Indian journal of veterinary science and animal husbandry - Volumes 18-21, 1948-1951
Year: 1948
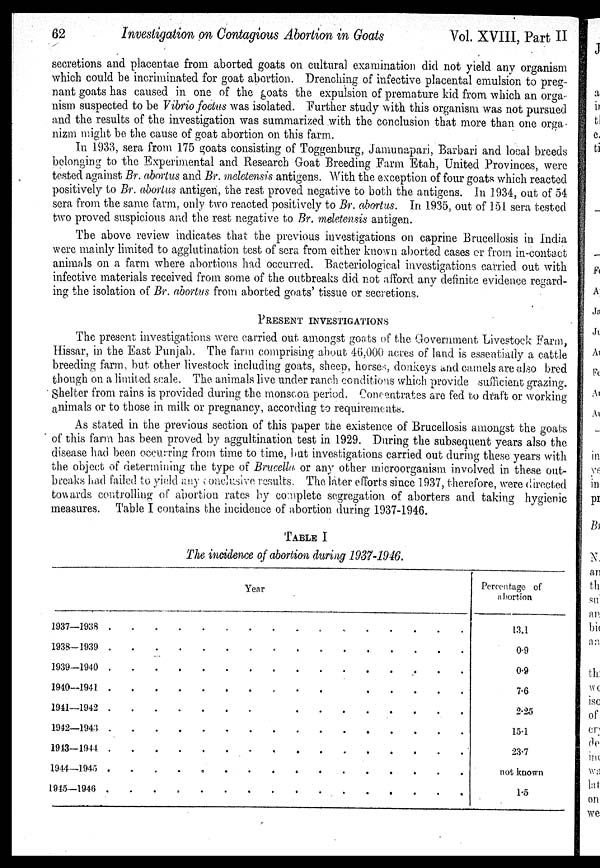
62
Investigation on Contagious Abortion in Goats
Vol. XVIII, Part II
secretions and placentae from aborted goats on cultural examination did not yield any organism
which could be incriminated for goat abortion. Drenching of infective placental emulsion to preg-
nant goats has caused in one of the goats the expulsion of premature kid from which an orga
nism suspected to be Vibrio foetus was isolated. Further study with this organism was not pursued
and the results of the investigation was summarized with the conclusion that more than one orga
nizm might be the cause of goat abortion on this farm.
In 1933, sera from 175 goats consisting of Toggenburg, Jamunapari, Barbari and local breeds
belonging to the Experimental and Research Goat Breeding Farm Etah, United Provinces, were
tested against Br. abortus and Br. meletensis antigens. With the exception of four goats which reacted
positively to Br. abortus antigen, the rest proved negative to both the antigens. In 1934, out of 54
sera from the same farm, only two reacted positively to Br. abortus. In 1935, out of 151 sera tested
two proved suspicious and the rest negative to Br. meletensis antigen.
The above review indicates that the previous investigations on caprine Brucellosis in India
were mainly limited to agglutination test of sera from either known aborted cases or from in-contact
animals on a farm where abortions had occurred. Bacteriological investigations carried out with
infective materials received from some of the outbreaks did not afford any definite evidence regard-
ing the isolation of Br. abortus from aborted goats' tissue or secretions.
PRESENT INVESTIGATION
The present investigations were carried out amongst goats of the Government Livestock Farm,
Hissar, in the East Punjab. The farm comprising about 46,000 acres of land is essentially a cattle
breeding farm, but other livestock including goats, sheep, horses, donkeys and camels are also bred
though on a limited scale. The animals live under ranch conditions which provide sufficient grazing.
Shelter from rains is provided during the monsoon period. Concentrates are fed to draft or working
animals or to those in milk or pregnancy, according to requirements.
As stated in the previous section of this paper the existence of Brucellosis amongst the goats
of this farm has been proved by aggultination test in 1929. During the subsequent years also the
disease had been occurring from time to time, but investigations carried out during these years with
the object of determining the type of Brucella or any other microorganism involved in these out-
breaks had failed to yield any conclusive results. The later efforts since 1937, therefore, were directed
towards controlling of abortion rates by complete segregation of aborters and taking hygienic
measures. Table I contains the incidence of abortion during 1937-1946.
TABLE I
The incidence of abortion during 1937-1946.
Year
1937—1938
1938—1939
1939—1940
1940—1941
1941—1942
1942—1943
1943—1944
1944—1945
1945—1946
Percentage of
abortion
13.1
0.9
0.9
7.6
2.25
15.1
23.7
not known
1.5